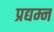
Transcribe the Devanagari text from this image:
प्रद्यम्न